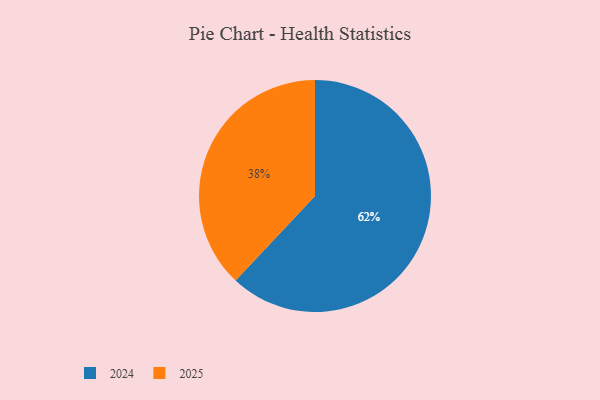
{"axis": {"x": "Category", "y": "Percentage"}, "legend": ["2024", "2025"], "data": [{"x": "2025", "y": 38, "type": "2025"}, {"x": "2024", "y": 62, "type": "2024"}]}